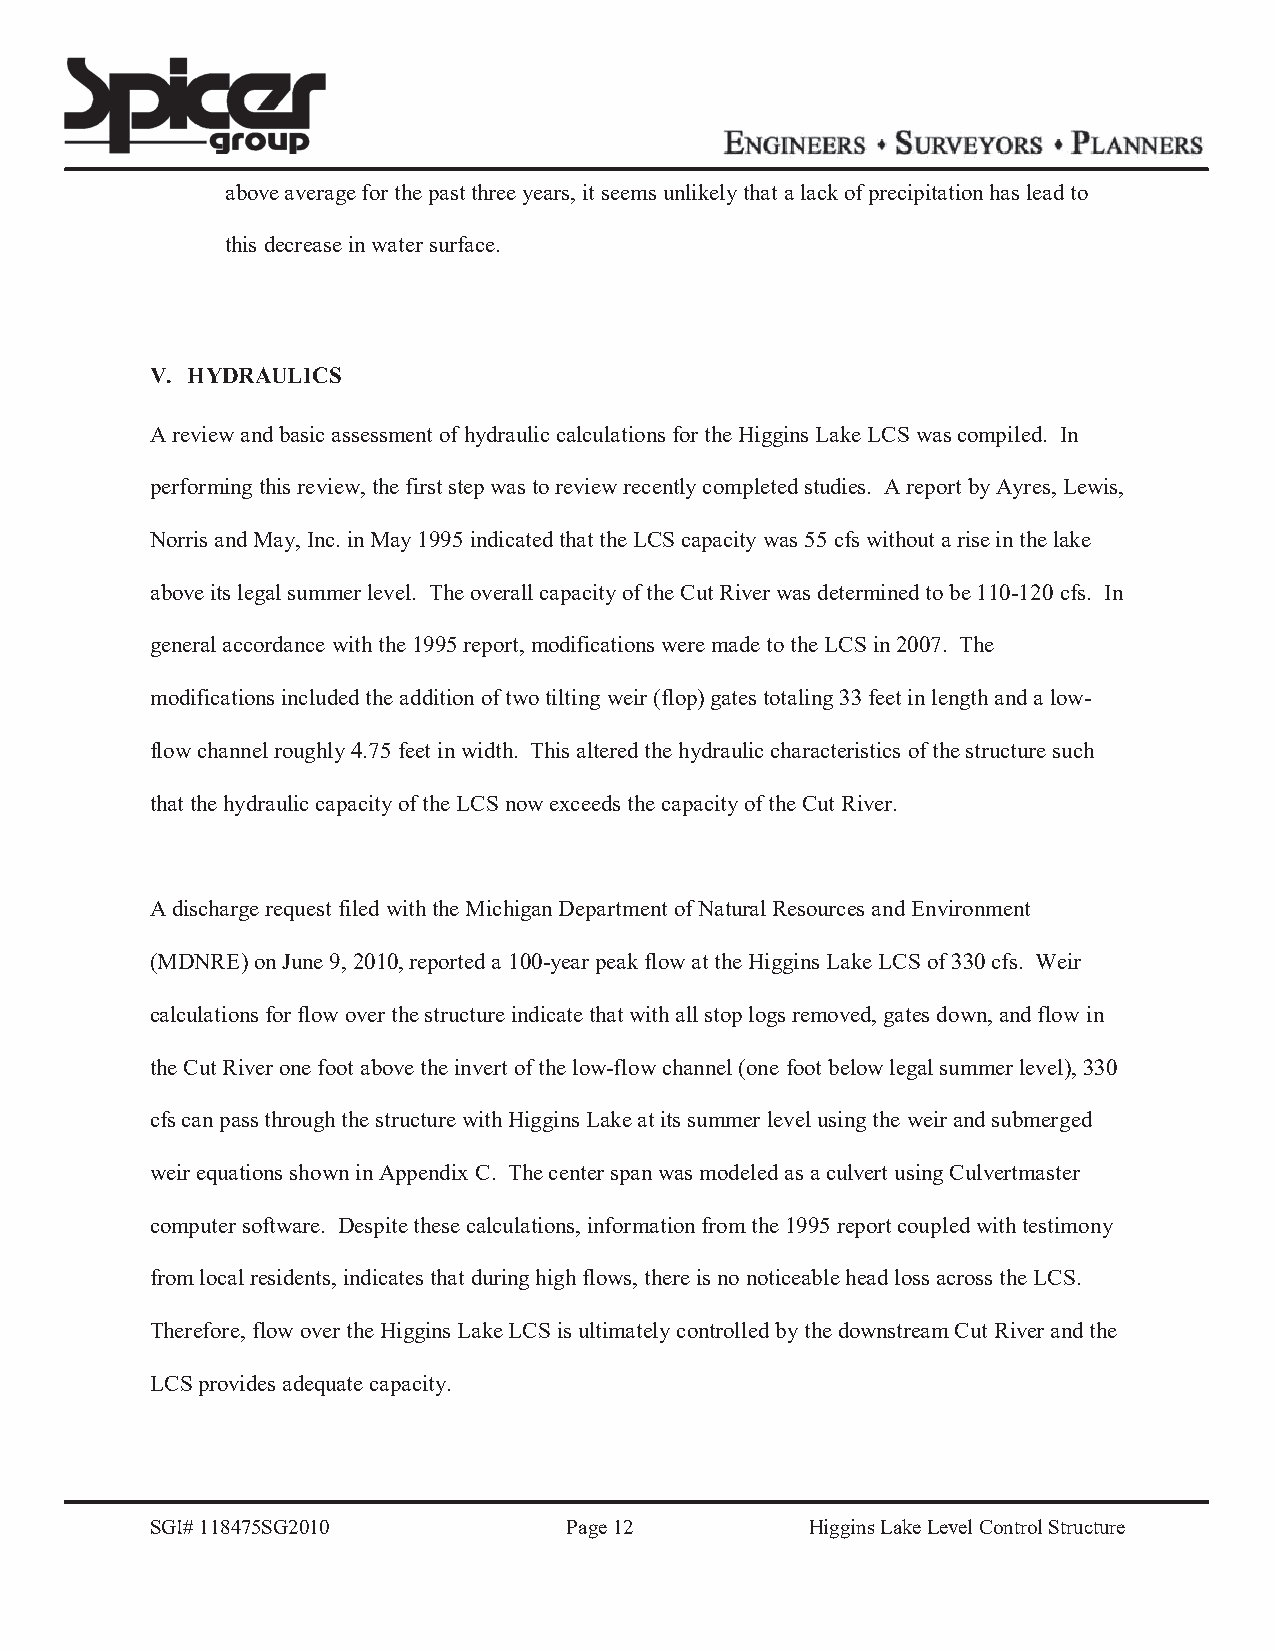
above average for the past three years, it seems unlikely that a lack of precipitation has lead to
 this decrease in water surface.
 V. HYDRAULICS
 A review and basic assessment of hydraulic calculations for the Higgins Lake LCS was compiled. In
 performing this review, the first step was to review recently completed studies. A report by Ayres, Lewis,
 Norris and May, Inc. in May 1995 indicated that the LCS capacity was 55 cfs without a rise in the lake
 above its legal summer level. The overall capacity of the Cut River was determined to be 110-120 cfs. In
 general accordance with the 1995 report, modifications were made to the LCS in 2007. The
 modifications included the addition of two tilting weir (flop) gates totaling 33 feet in length and a low-
 flow channel roughly 4.75 feet in width. This altered the hydraulic characteristics of the structure such
 that the hydraulic capacity of the LCS now exceeds the capacity of the Cut River.
 A discharge request filed with the Michigan Department of Natural Resources and Environment
 (MDNRE) on June 9, 2010, reported a 100-year peak flow at the Higgins Lake LCS of 330 cfs. Weir
 calculations for flow over the structure indicate that with all stop logs removed, gates down, and flow in
 the Cut River one foot above the invert of the low-flow channel (one foot below legal summer level), 330
 cfs can pass through the structure with Higgins Lake at its summer level using the weir and submerged
 weir equations shown in Appendix C. The center span was modeled as a culvert using Culvertmaster
 computer software. Despite these calculations, information from the 1995 report coupled with testimony
 from local residents, indicates that during high flows, there is no noticeable head loss across the LCS.
 Therefore, flow over the Higgins Lake LCS is ultimately controlled by the downstream Cut River and the
 LCS provides adequate capacity.
 SGI# 118475SG2010           Page 12         Higgins Lake Level Control Structure